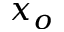
x _ { o }